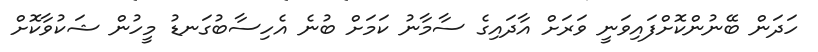
ހަދަން ބޭނުންކޮށްފައިވަނީ ވަރަށް އާދައިގެ ސާމާނު ކަމަށް ބުނެ އެހިސާބުގަނޑު މީހުން ޝަކުވާކޮށް